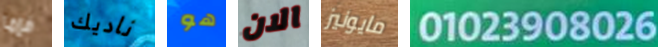
فإما ناديك هو الان مايونيز 01023908026